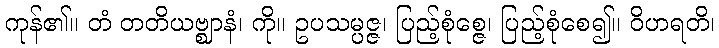
ကုန်၏။ တံ တတိယဗ္ဈာနံ၊ ကို။ ဥပသမ္ပဇ္ဇ၊ ပြည့်စုံစ္ဇေ၊ ပြည့်စုံစေ၍။ ဝိဟရတိ၊